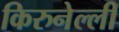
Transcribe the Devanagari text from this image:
किरुनेल्ली